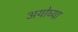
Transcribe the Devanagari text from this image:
अयोघ्या